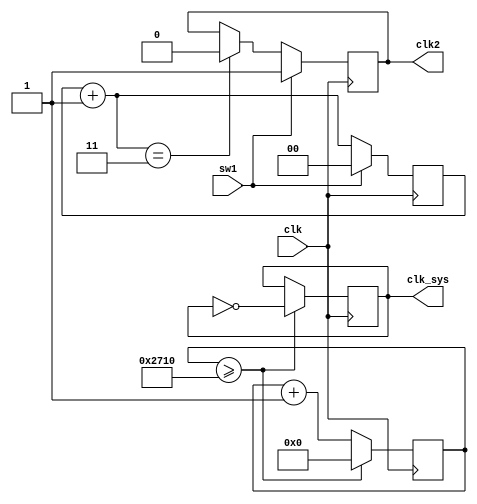
`timescale 1ns / 1ps
//////////////////////////////////////////////////////////////////////////////////
// Company: 
// Engineer: 
// 
// Design Name: 
// Module Name: clock_div
// Project Name: 
// Target Devices: 
// Tool Versions: 
// Description: 
// 
// Dependencies: 
// 
// Revision:
// Revision 0.01 - File Created
// Additional Comments:b
// 
//////////////////////////////////////////////////////////////////////////////////


module clock_div(
    input clk, //100MHz,
    input sw1,
    output reg clk_sys = 0, //1Hz0,
    output reg clk2
);

    reg [25:0] div_counter = 0;
    always @(posedge clk) begin
    //if(div_counter>=1) begin // 
    if(div_counter>=10000) begin // 
        clk_sys <= ~clk_sys; // 
        div_counter <= 0;
    end else begin
        div_counter <= div_counter + 1;
        end
    end
    reg [1:0] counter = 0;
    always @( posedge clk) begin
        if(sw1 == 1) begin
            clk2 = 1;//CPU
            counter = 0;
        end
        else begin
            counter = counter + 1;
            if(counter == 3)
                clk2 = 0; //CPU
        end
    end
    
endmodule